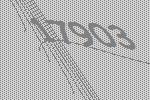
17903